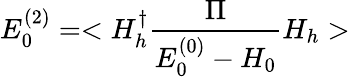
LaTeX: E_{0}^{(2)}=<H_{h}^{\dagger}\frac{\Pi}{E_{0}^{(0)}-H_{0}}H_{h}>